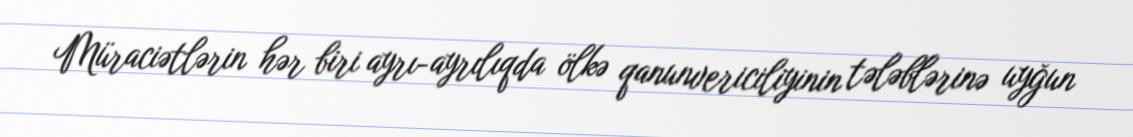
Müraciətlərin hər biri ayrı-ayrılıqda ölkə qanunvericiliyinin tələblərinə uyğun